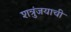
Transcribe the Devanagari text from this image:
शत्रुंजयाची